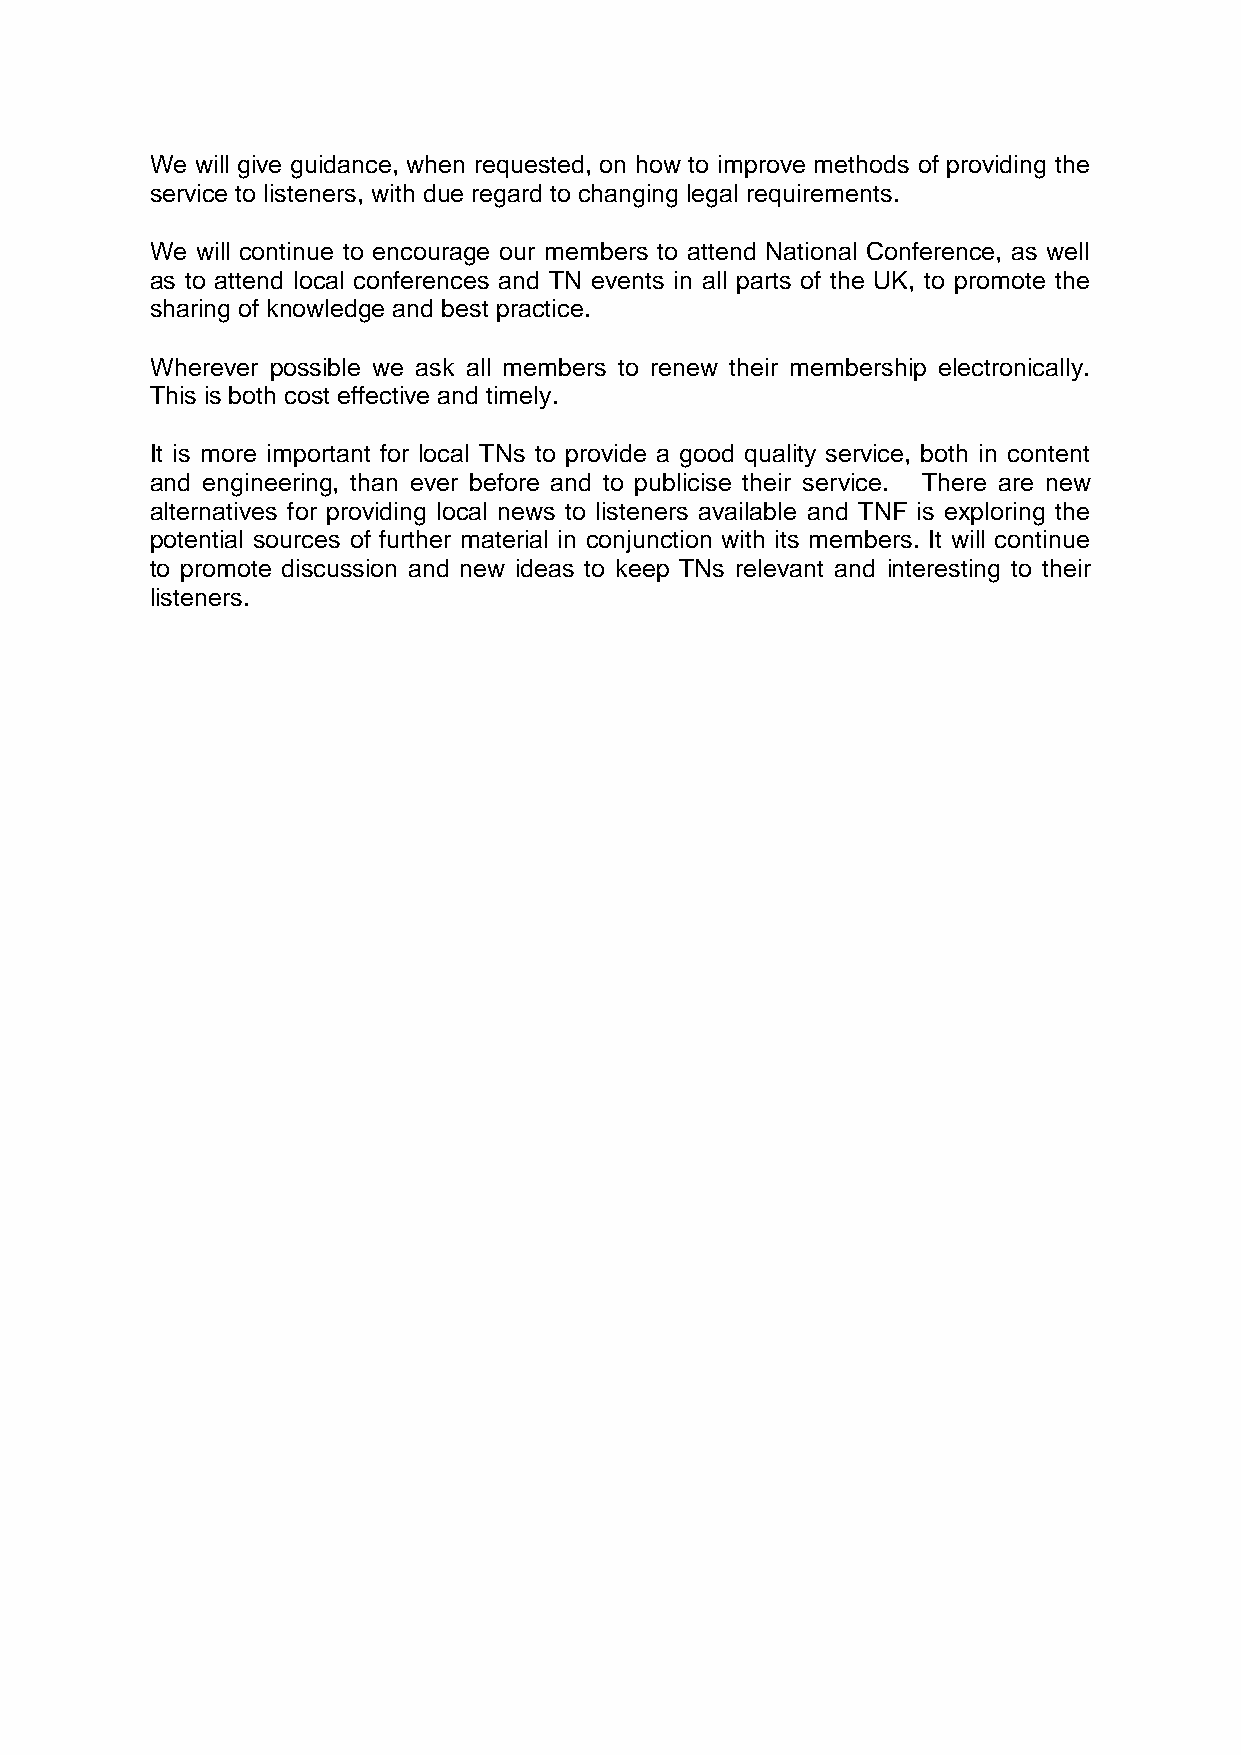
We will give guidance, when requested, on how to improve methods of providing the
 service to listeners, with due regard to changing legal requirements.
 We will continue to encourage our members to attend National Conference, as well
 as to attend local conferences and TN events in all parts of the UK, to promote the
 sharing of knowledge and best practice.
 Wherever possible we ask all members to renew their membership electronically.
 This is both cost effective and timely.
 It is more important for local TNs to provide a good quality service, both in content
 and engineering, than ever before and to publicise their service. There are new
 alternatives for providing local news to listeners available and TNF is exploring the
 potential sources of further material in conjunction with its members. It will continue
 to promote discussion and new ideas to keep TNs relevant and interesting to their
 listeners.